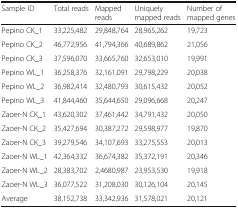
<table><thead><tr><td><b>Sample ID</b></td><td><b>Total reads</b></td><td><b>Mapped reads</b></td><td><b>Uniquely mapped reads</b></td><td><b>Number of mapped genes</b></td></tr></thead><tbody><tr><td>Pepino CK_1</td><td>33,225,482</td><td>29,848,764</td><td>28,965,262</td><td>19,723</td></tr><tr><td>Pepino CK_2</td><td>46,772,956</td><td>41,794,366</td><td>40,689,862</td><td>21,056</td></tr><tr><td>Pepino CK_3</td><td>37,596,070</td><td>33,665,760</td><td>32,653,010</td><td>19,991</td></tr><tr><td>Pepino WL_1</td><td>36,258,376</td><td>32,161,091</td><td>29,798,229</td><td>20,038</td></tr><tr><td>Pepino WL_2</td><td>36,982,414</td><td>32,480,793</td><td>30,615,432</td><td>20,052</td></tr><tr><td>Pepino WL_3</td><td>41,844,460</td><td>35,644,650</td><td>29,096,668</td><td>20,247</td></tr><tr><td>Zaoer-N CK_1</td><td>43,620,302</td><td>37,461,442</td><td>34,791,432</td><td>20,050</td></tr><tr><td>Zaoer-N CK_2</td><td>35,427,694</td><td>30,387,272</td><td>29,598,977</td><td>19,870</td></tr><tr><td>Zaoer-N CK_3</td><td>39,279,546</td><td>34,107,693</td><td>33,275,553</td><td>20,013</td></tr><tr><td>Zaoer-N WL_1</td><td>42,364,332</td><td>36,674,382</td><td>35,372,191</td><td>20,346</td></tr><tr><td>Zaoer-N WL_2</td><td>28,383,702</td><td>2,4680,987</td><td>23,953,530</td><td>19,918</td></tr><tr><td>Zaoer-N WL_3</td><td>36,077,522</td><td>31,208,030</td><td>30,126,104</td><td>20,145</td></tr><tr><td>Average</td><td>38,152,738</td><td>33,342,936</td><td>31,578,021</td><td>20,121</td></tr></tbody></table>